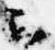
云